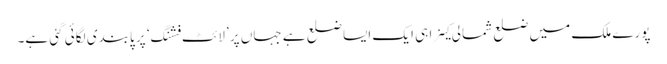
پورے ملک میں ضلع شمالی کینرا ہی ایک ایسا ضلع ہے جہاں پر ’لائٹ فشنگ‘ پر پابندی لگائی گئی ہے۔